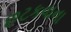
છટકવાના